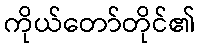
ကိုယ်တော်တိုင်၏